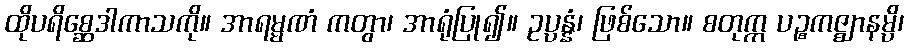
ထိုပရိစ္ဆေဒါကာသကို။ အာရမ္မဏံ ကတွာ၊ အာရုံပြု၍။ ဥပ္ပန္နံ၊ ဖြစ်သော။ စတုက္က ပဉ္စကဇ္ဈာနမ္ပိ၊